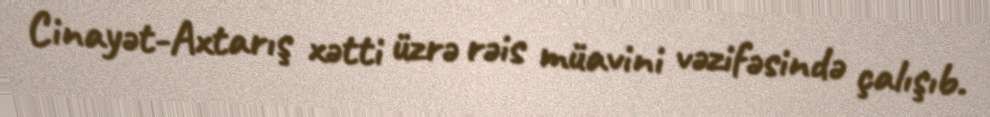
Cinayət-Axtarış xətti üzrə rəis müavini vəzifəsində çalışıb.